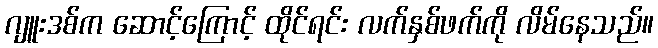
ဂျူးဒစ်က ဆောင့်ကြောင့် ထိုင်ရင်း လက်နှစ်ဖက်ကို လိမ်နေသည်။